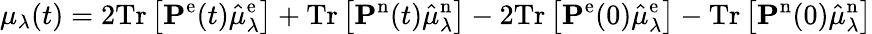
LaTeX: \mu_{\lambda}(t)=2\mathrm{Tr}\left[\mathbf{P}^{\mathrm{e}}(t)\hat{\mu}_{\lambda}^{\mathrm{e}}\right]+\mathrm{Tr}\left[\mathbf{P}^{\mathrm{n}}(t)\hat{\mu}_{\lambda}^{\mathrm{n}}\right]-2\mathrm{Tr}\left[\mathbf{P}^{\mathrm{e}}(0)\hat{\mu}_{\lambda}^{\mathrm{e}}\right]-\mathrm{Tr}\left[\mathbf{P}^{\mathrm{n}}(0)\hat{\mu}_{\lambda}^{\mathrm{n}}\right]